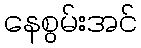
နေစွမ်းအင်